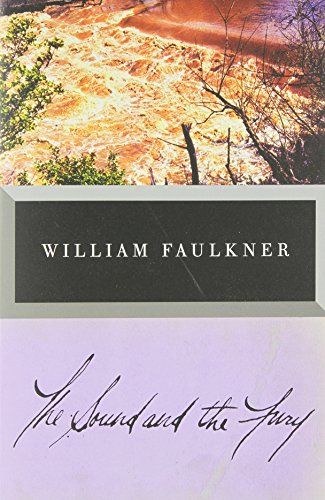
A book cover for The Sound and the Fury: The Corrected Text; William Faulkner; Literature & Fiction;